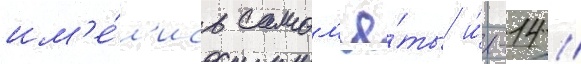
им'е́л'ись самол'ё́ты и́л-14 /